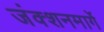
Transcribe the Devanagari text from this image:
जंक्शनमार्गे